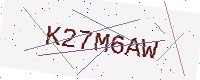
Text: K27M6AW